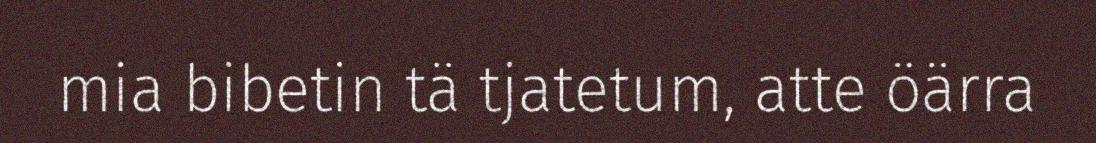
mia bibetin tä tjatetum, atte öärra